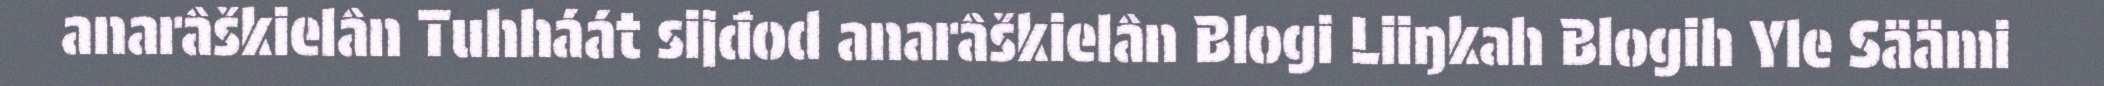
anarâškielân Tuhháát sijđod anarâškielân Blogi Liiŋkah Blogih Yle Säämi